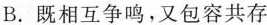
B.既相互争鸣，又包容共存